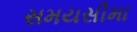
સમયસીમા